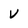
Character: v